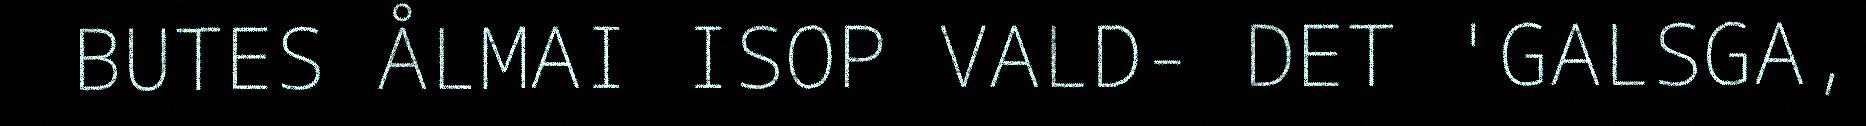
BUTES ÅLMAI ISOP VALD- DET 'GALSGA,